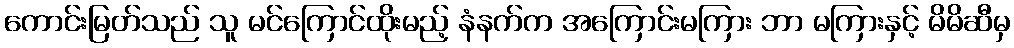
ကောင်းမြတ်သည် သူ မင်ကြောင်ထိုးမည့် နံနက်က အကြောင်းမကြား ဘာ မကြားနှင့် မိမိဆီမှ